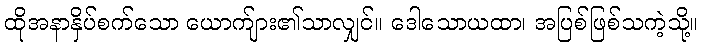
ထိုအနာနှိပ်စက်သော ယောက်ျား၏သာလျှင်။ ဒေါသောယထာ၊ အပြစ်ဖြစ်သကဲ့သို့။